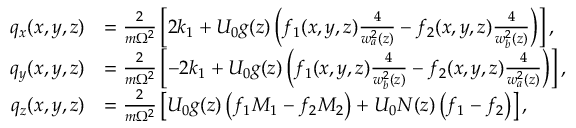
\begin{array} { r l } { q _ { x } ( x , y , z ) } & { = \frac { 2 } { m \Omega ^ { 2 } } \left[ 2 k _ { 1 } + U _ { 0 } g ( z ) \left( f _ { 1 } ( x , y , z ) \frac { 4 } { w _ { a } ^ { 2 } ( z ) } - f _ { 2 } ( x , y , z ) \frac { 4 } { w _ { b } ^ { 2 } ( z ) } \right) \right] , } \\ { q _ { y } ( x , y , z ) } & { = \frac { 2 } { m \Omega ^ { 2 } } \left[ - 2 k _ { 1 } + U _ { 0 } g ( z ) \left( f _ { 1 } ( x , y , z ) \frac { 4 } { w _ { b } ^ { 2 } ( z ) } - f _ { 2 } ( x , y , z ) \frac { 4 } { w _ { a } ^ { 2 } ( z ) } \right) \right] , } \\ { q _ { z } ( x , y , z ) } & { = \frac { 2 } { m \Omega ^ { 2 } } \left[ U _ { 0 } g ( z ) \left( f _ { 1 } M _ { 1 } - f _ { 2 } M _ { 2 } \right) + U _ { 0 } N ( z ) \left( f _ { 1 } - f _ { 2 } \right) \right] , } \end{array}